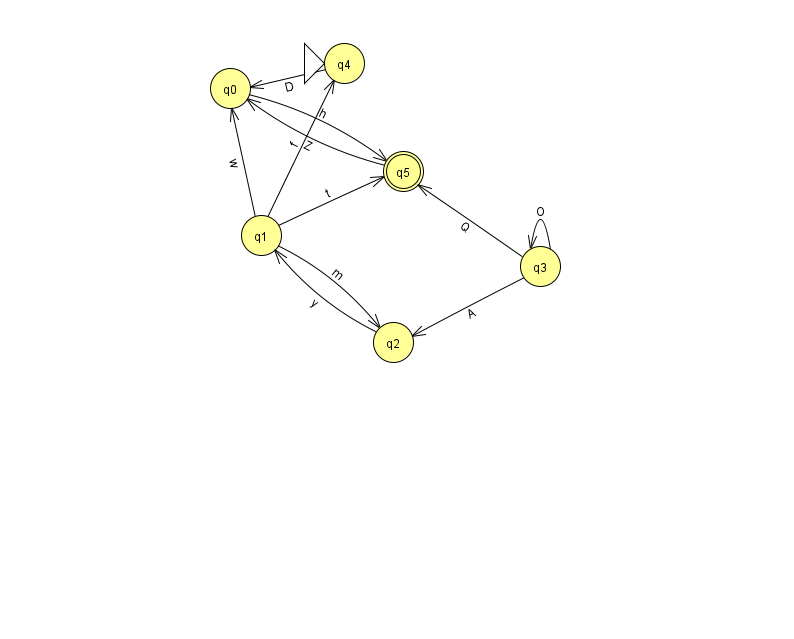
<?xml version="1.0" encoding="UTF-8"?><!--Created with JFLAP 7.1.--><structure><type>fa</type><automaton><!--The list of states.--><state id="0" name="q0"><x>230.0</x><y>75.0</y></state><state id="1" name="q1"><x>261.0</x><y>222.0</y></state><state id="2" name="q2"><x>393.0</x><y>329.0</y></state><state id="3" name="q3"><x>540.0</x><y>253.0</y></state><state id="4" name="q4"><x>344.0</x><y>50.0</y><initial/></state><state id="5" name="q5"><x>403.0</x><y>158.0</y><final/></state><!--The list of transitions.--><transition><from>1</from><to>5</to><read>t</read></transition><transition><from>2</from><to>1</to><read>y</read></transition><transition><from>1</from><to>4</to><read>f</read></transition><transition><from>3</from><to>5</to><read>Q</read></transition><transition><from>0</from><to>5</to><read>h</read></transition><transition><from>1</from><to>2</to><read>m</read></transition><transition><from>5</from><to>0</to><read>Z</read></transition><transition><from>4</from><to>0</to><read>D</read></transition><transition><from>1</from><to>0</to><read>w</read></transition><transition><from>3</from><to>2</to><read>A</read></transition><transition><from>3</from><to>3</to><read>O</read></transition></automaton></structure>